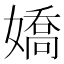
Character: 嬌